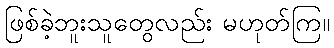
ဖြစ်ခဲ့ဘူးသူတွေလည်း မဟုတ်ကြ။